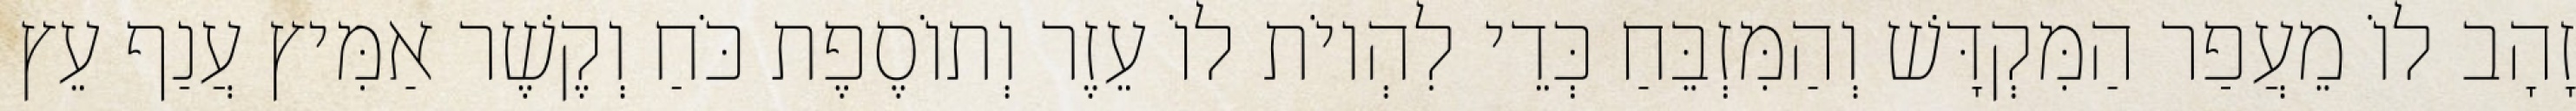
זָהָב לוֹ מֵעֲפַר הַמִּקְדָּשׁ וְהַמִּזְבֵּחַ כְּדֵי לִהְיוֹת לוֹ עֵזֶר וְתוֹסֶפֶת כֹּחַ וְקֶשֶׁר אַמִּיץ עֲנַף עֵץ